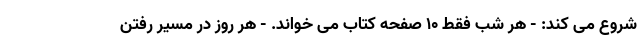
شروع می کند: - هر شب فقط 10 صفحه کتاب می خواند. - هر روز در مسیر رفتن